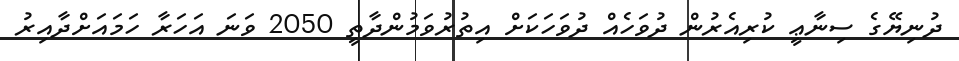
ދުނިޔޭގެ ސިނާޢީ ކުރިއެރުން ދުވަހެއް ދުވަހަކަށް އިތުރުވަމުންދާތީ 2050 ވަނަ އަހަރާ ހަމައަށްދާއިރު